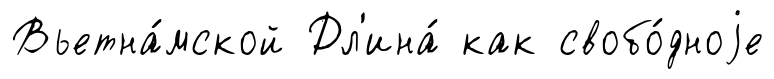
Вьетна́мской Дл'ина́ как свобо́дноjе